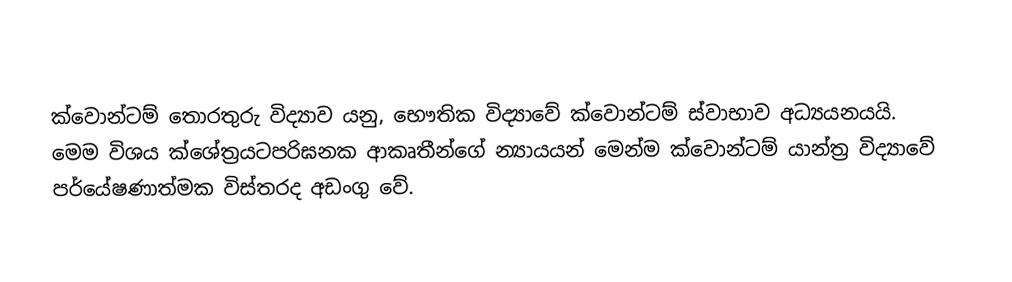
ක්වොන්ටම් තොරතුරු විද්‍යාව යනු, භෞතික විද්‍යාවේ ක්වොන්ටම් ස්වාභාව අධ්‍යයනයයි. මෙම විශය ක්ශේත්‍රයටපරිඝනක ආකෘතීන්ගේ න්‍යායයන් මෙන්ම ක්වොන්ටම් යාන්ත්‍ර විද්‍යාවේ පර්යේෂණාත්මක විස්තරද අඩංගු වේ.